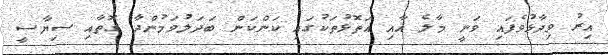
އިރު ވިދާޅުވެފައި ވަނީ މާލެ އާއި އަތޮޅުތަކުގައި ކަންކަން ބަދަލުވަމުންދާ ގޮތާއި ސިޔާސީ